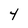
Character: 4